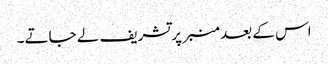
اس کے بعد منبر پر تشریف لے جاتے۔